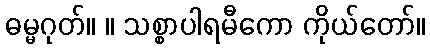
ဓမ္မဂုတ်။ ။ သစ္စာပါရမီကော ကိုယ်တော်။